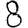
Digit: 8